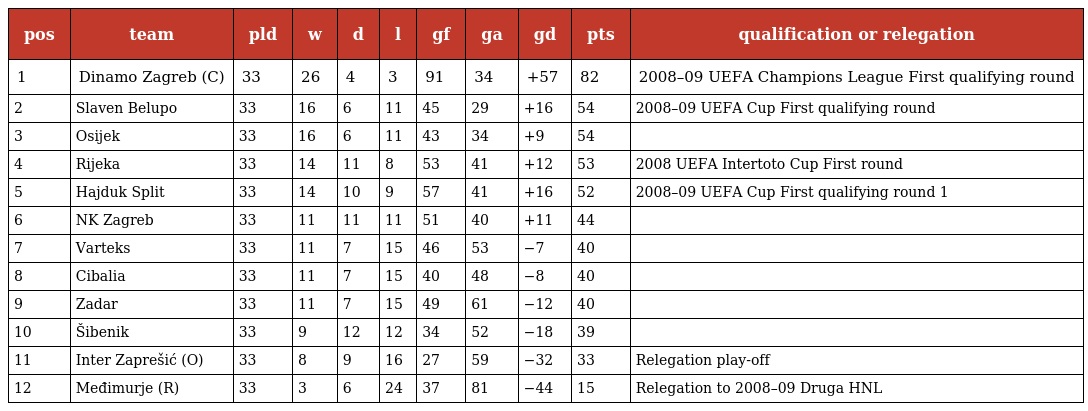
| pos | team | pld | w | d | l | gf | ga | gd | pts | qualification or relegation |
 | --- | --- | --- | --- | --- | --- | --- | --- | --- | --- | --- |
 | 1 | Dinamo Zagreb (C) | 33 | 26 | 4 | 3 | 91 | 34 | +57 | 82 | 2008–09 UEFA Champions League First qualifying round |
 | 2 | Slaven Belupo | 33 | 16 | 6 | 11 | 45 | 29 | +16 | 54 | 2008–09 UEFA Cup First qualifying round |
 | 3 | Osijek | 33 | 16 | 6 | 11 | 43 | 34 | +9 | 54 |  |
 | 4 | Rijeka | 33 | 14 | 11 | 8 | 53 | 41 | +12 | 53 | 2008 UEFA Intertoto Cup First round |
 | 5 | Hajduk Split | 33 | 14 | 10 | 9 | 57 | 41 | +16 | 52 | 2008–09 UEFA Cup First qualifying round 1 |
 | 6 | NK Zagreb | 33 | 11 | 11 | 11 | 51 | 40 | +11 | 44 |  |
 | 7 | Varteks | 33 | 11 | 7 | 15 | 46 | 53 | −7 | 40 |  |
 | 8 | Cibalia | 33 | 11 | 7 | 15 | 40 | 48 | −8 | 40 |  |
 | 9 | Zadar | 33 | 11 | 7 | 15 | 49 | 61 | −12 | 40 |  |
 | 10 | Šibenik | 33 | 9 | 12 | 12 | 34 | 52 | −18 | 39 |  |
 | 11 | Inter Zaprešić (O) | 33 | 8 | 9 | 16 | 27 | 59 | −32 | 33 | Relegation play-off |
 | 12 | Međimurje (R) | 33 | 3 | 6 | 24 | 37 | 81 | −44 | 15 | Relegation to 2008–09 Druga HNL |